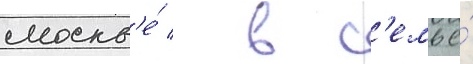
москв'е́ / в с'емье́